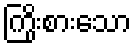
ကြိုးစားသော